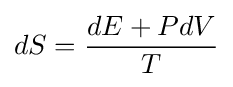
dS={\frac {dE+PdV}{T}}